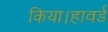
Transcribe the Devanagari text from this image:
किया।हावर्ड